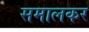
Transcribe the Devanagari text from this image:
समालकर